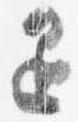
退